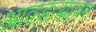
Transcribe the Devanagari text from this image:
आवडत्यावर